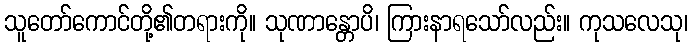
သူတော်ကောင်တို့၏တရားကို။ သုဏာန္တောပိ၊ ကြားနာရသော်လည်း။ ကုသလေသု၊